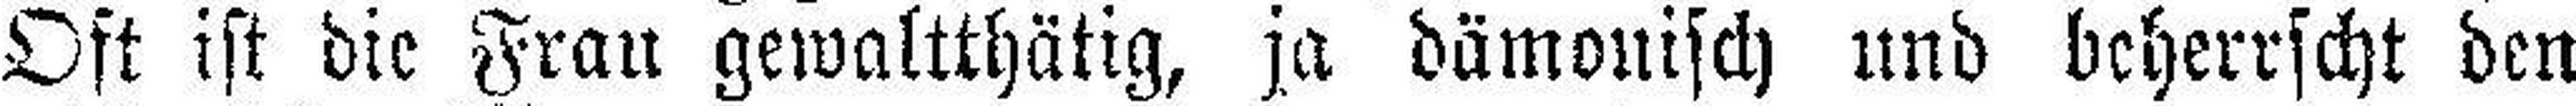
Oft ist die Frau gewaltthätig, ja dämonisch und beherrscht den